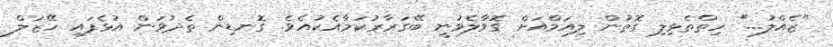
"ޒެއްލު..." ހިތްތެޅިލި ގޮތުން ލިއަމްއަށް ގޮވާލެވުނީ ބޭގަރާރުކަމާއެކުއެވެ. ގޮނޑިން ތެދުވަން އުޅެފައި ހޭޒަލް